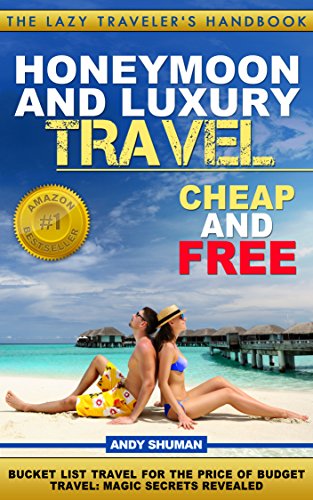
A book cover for Honeymoon and Luxury Travel: Cheap and Free (The Lazy Traveler's Handbook Book 4); Andy Shuman; Crafts, Hobbies & Home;